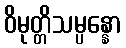
ဝိမုတ္တိသမ္ပန္နော